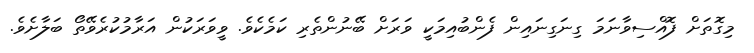
މިގޮތަށް ފޮއްސިވާނަމަ ގިނަގިނައިން ފެންބުއިމަކީ ވަރަށް ބޭނުންތެރި ކަމެކެވެ. ވީވަރަކުން އަރާމުކުރެވޭތޯ ބަލާށެވެ.